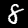
Digit: 8